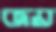
জয়